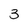
Character: 3